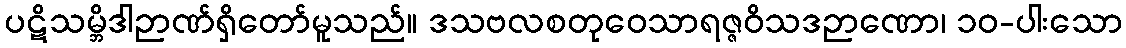
ပဋိသမ္ဘိဒါဉာဏ်ရှိတော်မူသည်။ ဒသဗလစတုဝေသာရဇ္ဇဝိသဒဉာဏော၊ ၁၀-ပါးသော